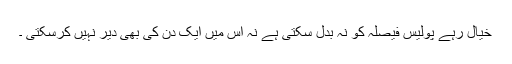
خیال رہے پولیس فیصلہ کو نہ بدل سکتی ہے نہ اس میں ایک دن کی بھی دیر نہیں کرسکتی ۔